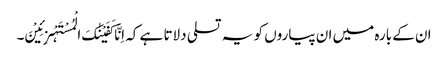
ان کے بارہ میں ان پیاروں کو یہ تسلی دلاتا ہے کہ اِنَّا کَفَیْنٰکَ الْمُسْتَہْزِئِیْنَ۔